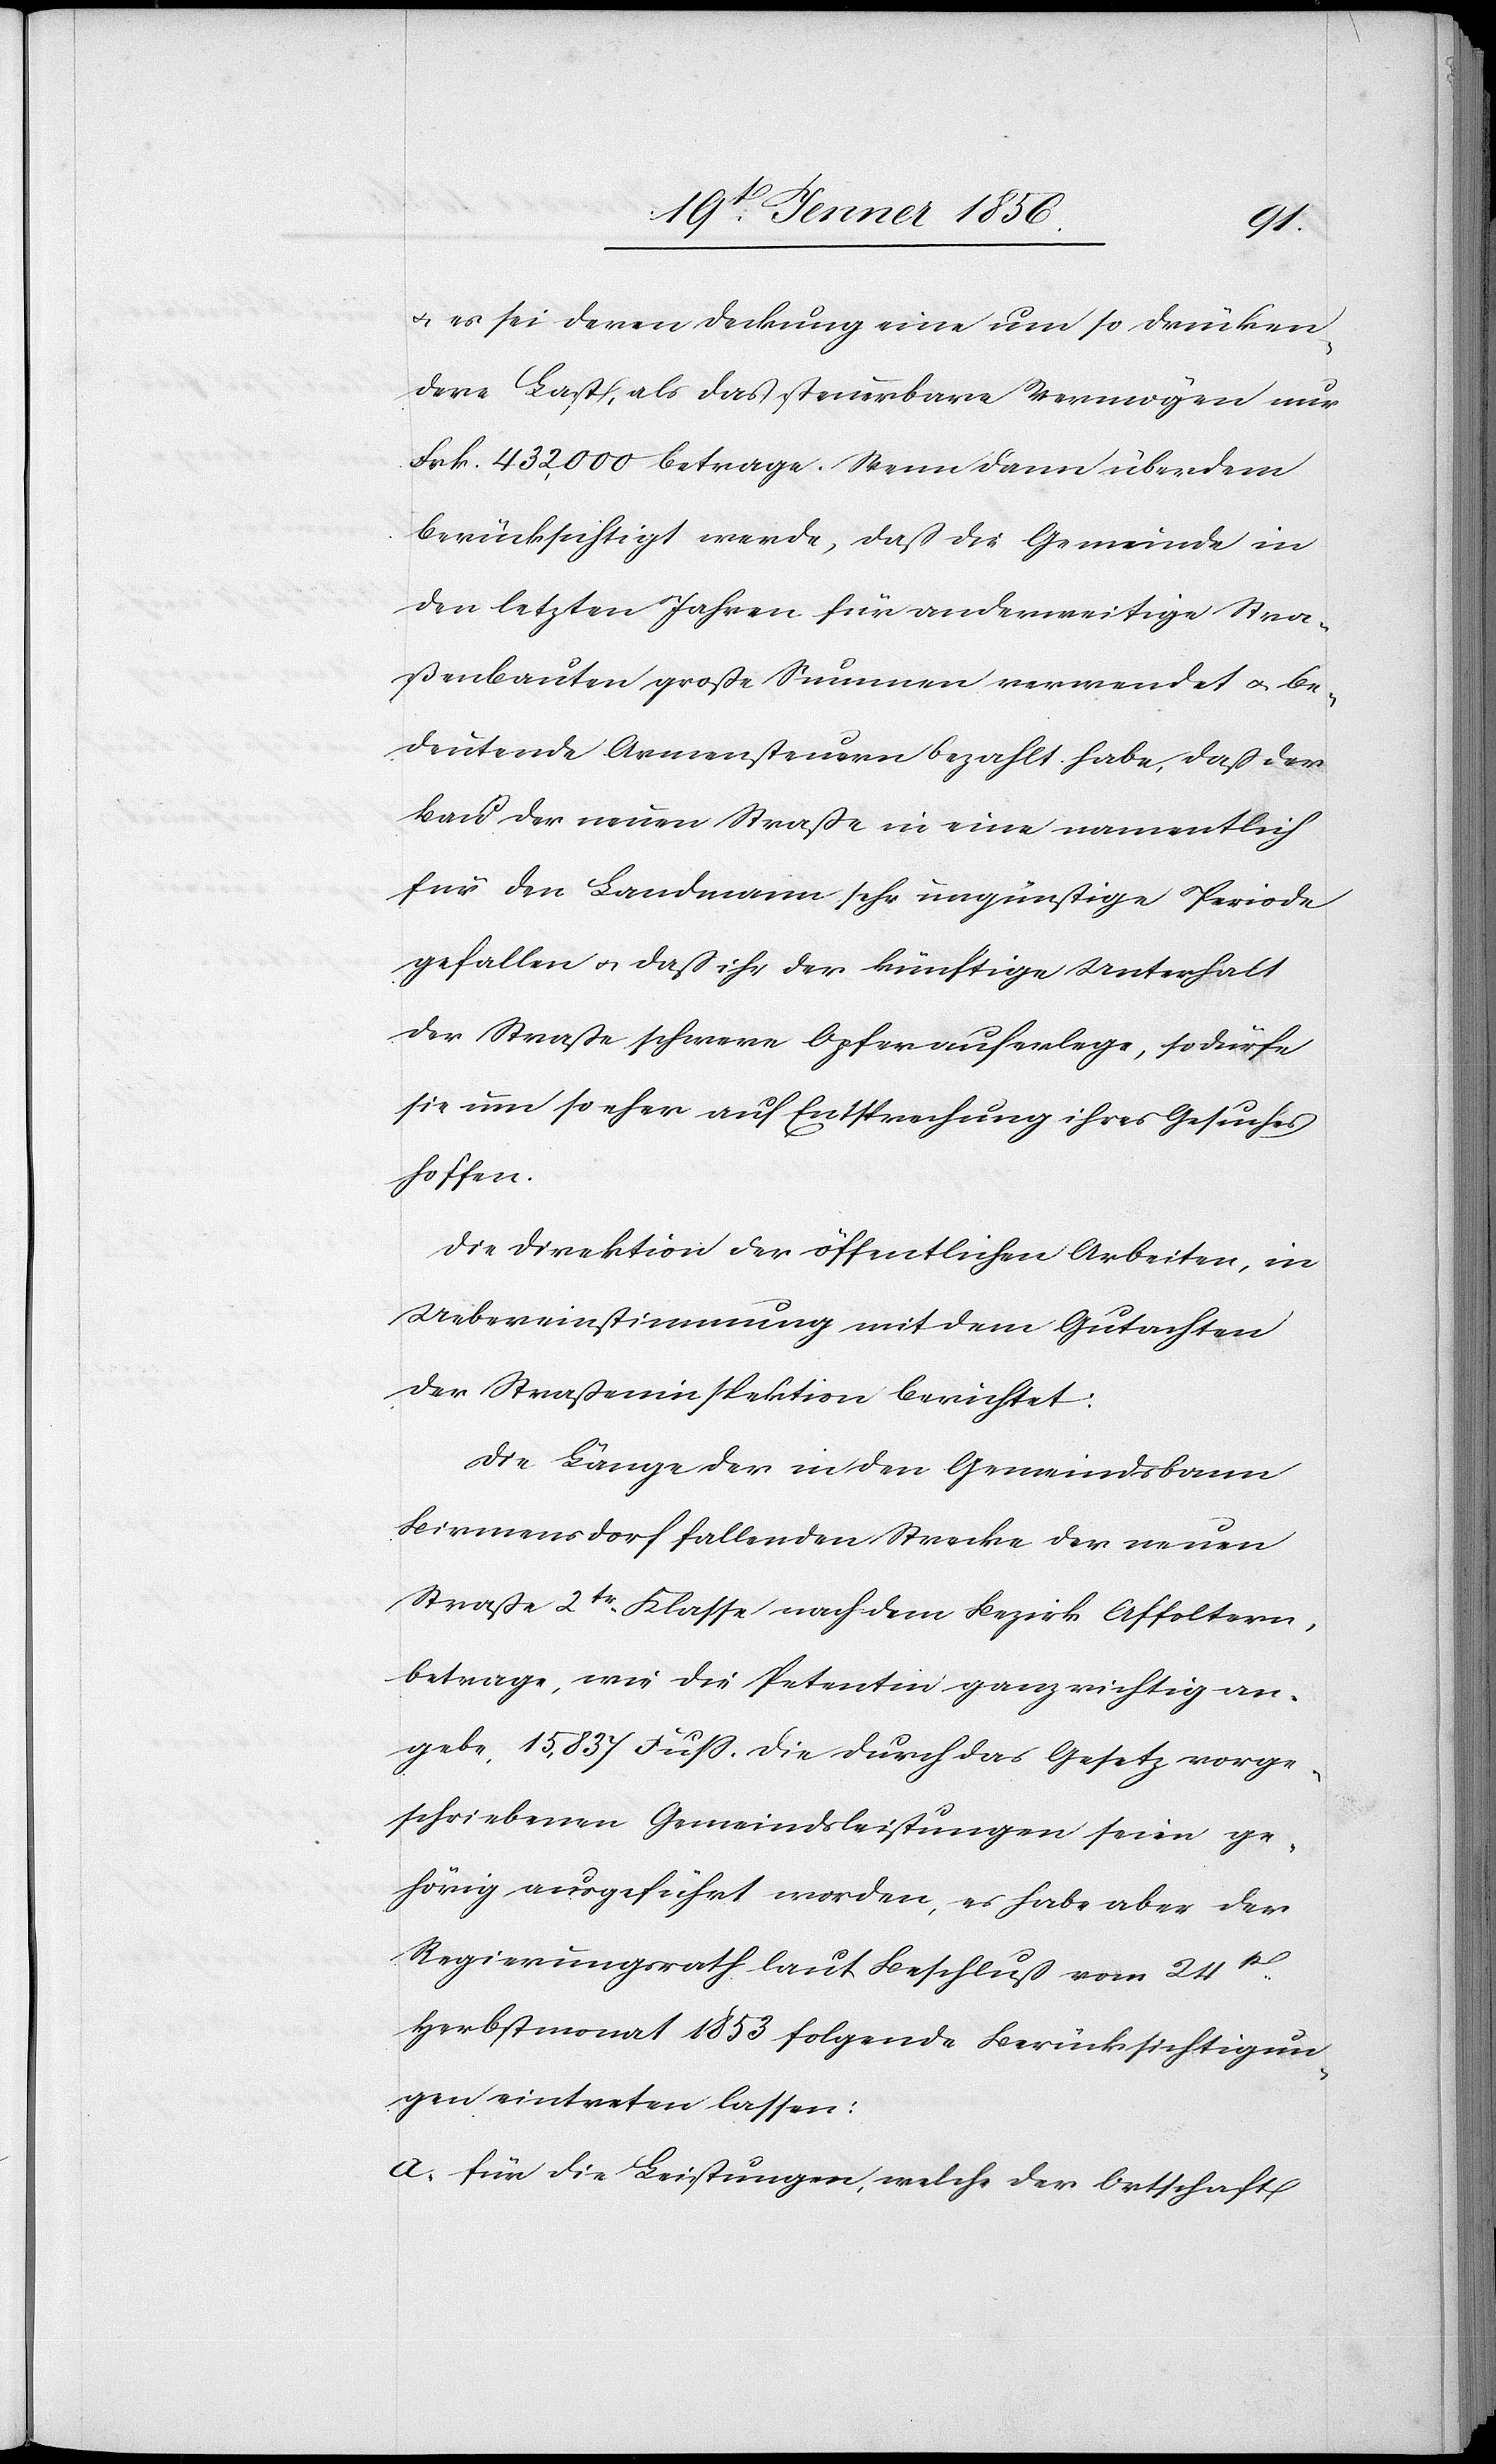
u. es sei deren Deckung eine um so drücken¬
dere Last, als das steuerbare Vermögen nur
Frk. 432,000 betrage. Wenn dann überdem
berücksichtigt werde, daß die Gemeinde in
den letzten Jahren für anderweitige Stra¬
ßenbauten große Summen verwendet u. be¬
deutende Armensteuern bezahlt habe, daß der
Bau der neuen Straße in eine namentlich
für den Landmann sehr ungünstige Periode
gefallen u. daß ihr der künftige Unterhalt
der Straße schwere Opfer auferlege, so dürfe
sie um so eher auf Entsprechung ihres Gesuches
hoffen.
Die Direktion der öffentlichen Arbeiten, in
Uebereinstimmung mit dem Gutachten
der Straßeninspektion berichtet:
Die Länge der in den Gemeindsbann
Birmensdorf fallenden Strecke der neuen
Straße 2tr. Klasse nach dem Bezirk Affoltern,
betrage, wie die Petenten ganz richtig an¬
gebe, 15,837 Fuß. Die durch das Gesetz vorge¬
schriebenen Gemeindsleistungen seien ge¬
hörig ausgeführt worden, es habe aber der
Regierungsrath laut Beschluß vom 24st
Herbstmonat 1853 folgende Berücksichtigun¬
gen eintreten lassen:
a. für die Leistungen, welche der Ortschaft